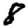
Digit: 8